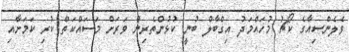
ވެލެންސިއާގެ ކޯޗު މުހައްމަދު އިގްބާލް ބުނީ ކުޅުންތެރިން ވަރަށް މަސައްކަތް ކުރި ކަމަށާއި